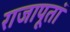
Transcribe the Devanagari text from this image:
राजापूतां